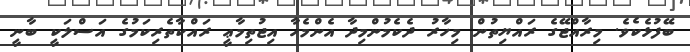
ބޭފުޅެކެވެ. މިރާއްޖޭގެ ރައްޔިތުން މިހާރު ދެކެމުންމިދާ އެންމެހާ އިޖުތިމާޢީ ރައްކާތެރިކަމުގެ އަސްލަކީ ބާނީ